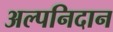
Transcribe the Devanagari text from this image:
अल्पनिदान